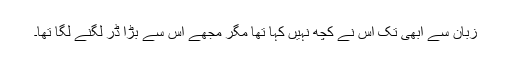
زبان سے ابھی تک اس نے کچھ نہیں کہا تھا مگر مجھے اس سے بڑا ڈر لگنے لگا تھا۔